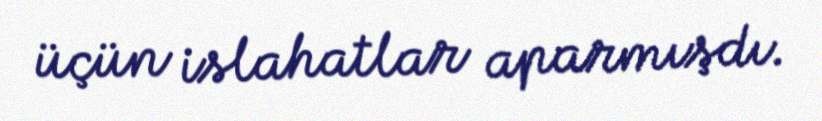
üçün islahatlar aparmışdı.